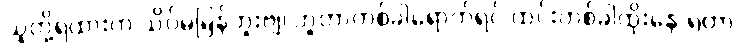
သူတို့ရထားက သိပ်မမြန်ဘူးဗျ၊ ဘူတာတစ်ခါရောက်ရင် ထင်းတစ်ခါထိုးနေ ရတာ